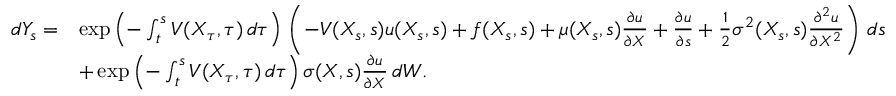
{ \begin{array} { r l } { d Y _ { s } = } & { \exp \left( - \int _ { t } ^ { s } V ( X _ { \tau } , \tau ) \, d \tau \right) \, \left( - V ( X _ { s } , s ) u ( X _ { s } , s ) + f ( X _ { s } , s ) + \mu ( X _ { s } , s ) { \frac { \partial u } { \partial X } } + { \frac { \partial u } { \partial s } } + { \frac { 1 } { 2 } } \sigma ^ { 2 } ( X _ { s } , s ) { \frac { \partial ^ { 2 } u } { \partial X ^ { 2 } } } \right) \, d s } \\ & { + \exp \left( - \int _ { t } ^ { s } V ( X _ { \tau } , \tau ) \, d \tau \right) \sigma ( X , s ) { \frac { \partial u } { \partial X } } \, d W . } \end{array} }